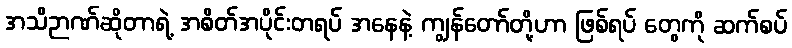
အသိဉာဏ်ဆိုတာရဲ့ အစိတ်အပိုင်းတရပ် အနေနဲ့ ကျွန်တော်တို့ဟာ ဖြစ်ရပ် တွေကို ဆက်စပ်